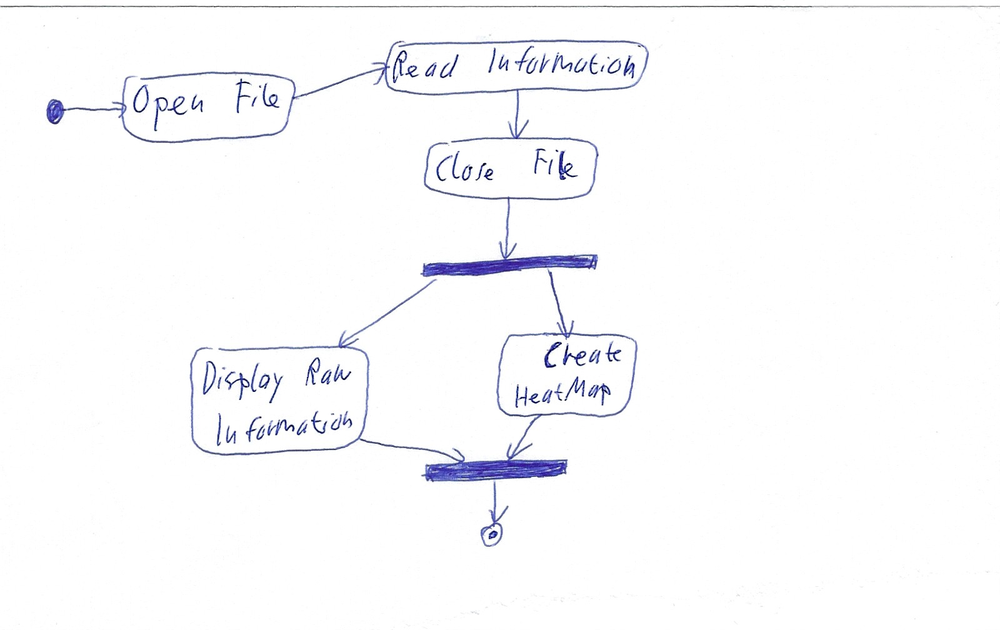
Diagram type: activity_diagram
```plantuml
@startuml

start

:Open File;

:Read Information;

:Close File;

fork
  :Display Raw Information;
fork again
  :Create HeatMap;
end fork

stop

@enduml
```